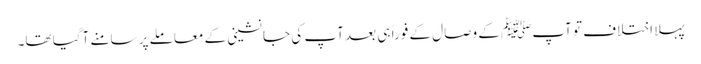
پہلا اختلاف تو آپﷺ کے وصال کے فوراً ہی بعد آپ کی جانشینی کے معاملے پر سامنے آگیا تھا۔